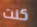
كنت